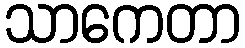
သာကေတာ